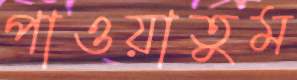
পাওয়াতুম